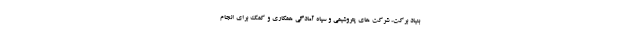
بنیاد برکت، شرکت های پتروشیمی و سپاه آمادگی همکاری و کمک برای انجام